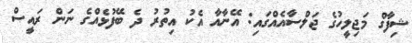
ޝިފާގް މަޖިލީހުގެ ޖަލްސާއެއްގައި: އޭނާއާ އެކު އިތުރު ދެ ބޭފުޅެއްގެ ނަން ރައީސް